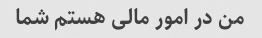
من در امور مالی هستم شما